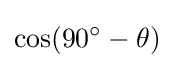
\cos(90^{\circ }-\theta )